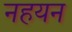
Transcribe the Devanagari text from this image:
नहयन